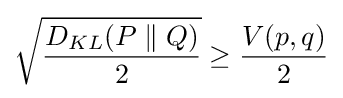
{\sqrt {\frac {D_{KL}(P\parallel Q)}{2}}}\geq {\frac {V(p,q)}{2}}